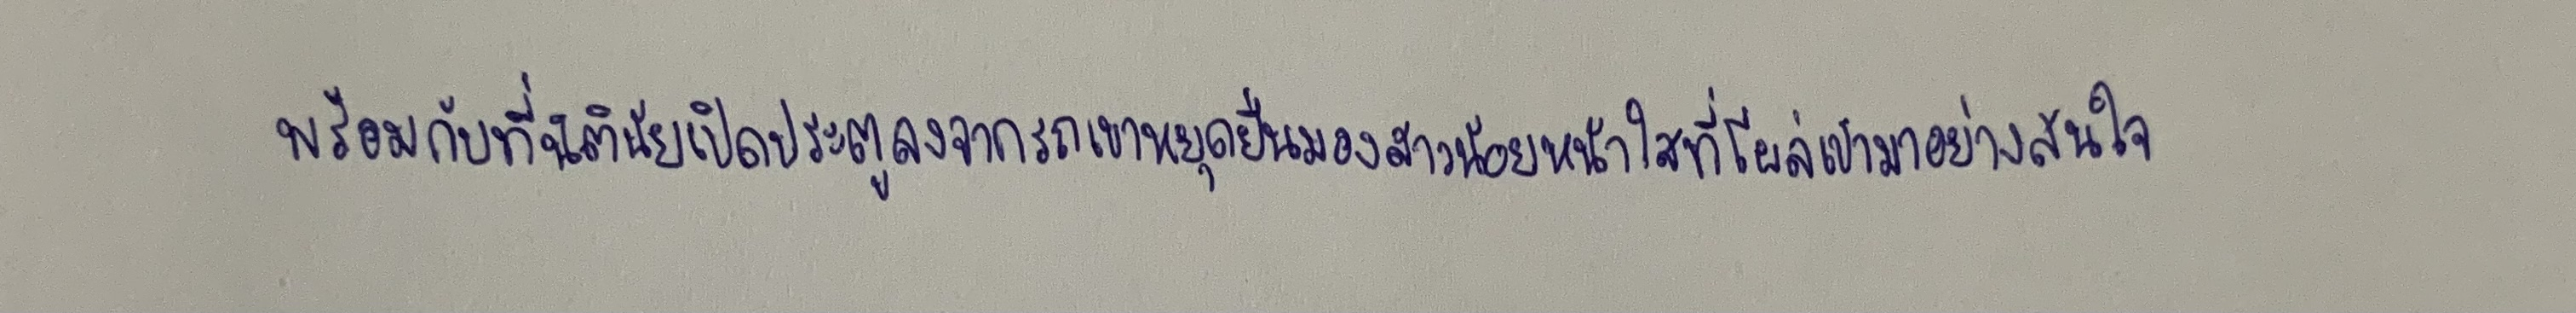
พร้อมกับที่นิตินัยเปิดประตูลงจากรถเขาหยุดยืนมองสาวน้อยหน้าใสที่โผล่เข้ามาอย่างสนใจ